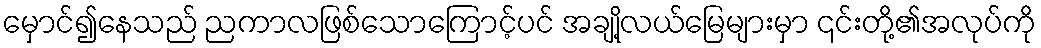
မှောင်၍နေသည် ညကာလဖြစ်သောကြောင့်ပင် အချို့လယ်မြေများမှာ ၎င်းတို့၏အလုပ်ကို